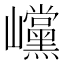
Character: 𡿓